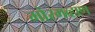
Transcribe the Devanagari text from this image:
मोरगव्हाण